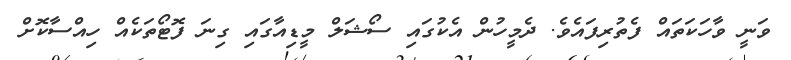
ވަނީ ވާހަކަތައް ފެތުރިފައެވެ. ދެމީހުން އެކުގައި ސޯޝަލް މީޑިއާގައި ގިނަ ފޮޓޯތަކެއް ހިއްސާކޮށް